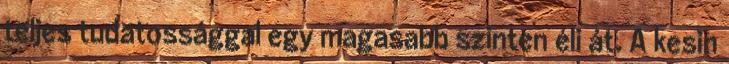
teljes tudatossággal egy magasabb szinten éli át. A kesin